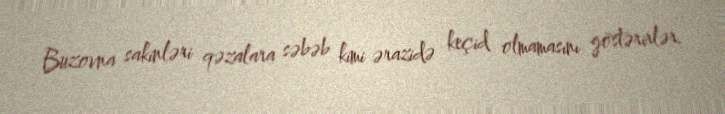
Buzovna sakinləri qəzalara səbəb kimi ərazidə keçid olmamasını göstərirlər.